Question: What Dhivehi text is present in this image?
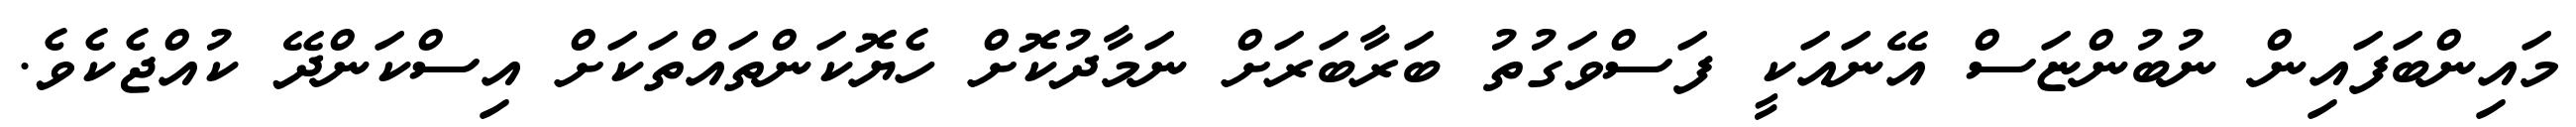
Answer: މައިންބަފައިން ނުބުންޏަސް އޭނައަކީ ފަސްވަގުތު ބަރާބަރަށް ނަމާދުކޮށް ހެޔޮކަންތައްތަކަށް އިސްކަންދޭ ކުއްޖެކެވެ.